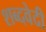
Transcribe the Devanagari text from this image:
शब्दवेदी